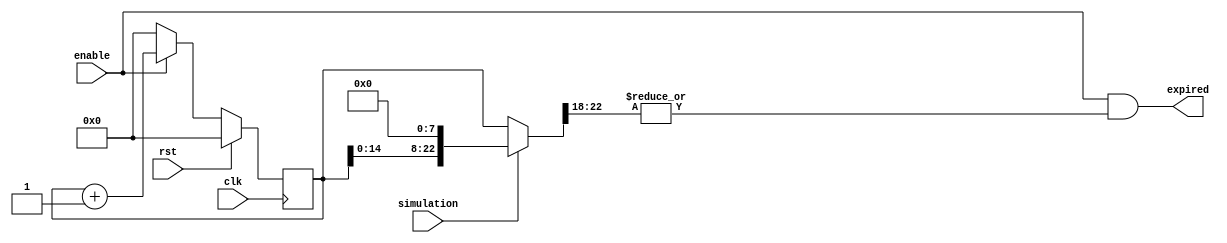
//--------------------------------------------------------------------------------
//--
//-- This file is owned and controlled by Xilinx and must be used solely
//-- for design, simulation, implementation and creation of design files
//-- limited to Xilinx devices or technologies. Use with non-Xilinx
//-- devices or technologies is expressly prohibited and immediately
//-- terminates your license.
//--
//-- Xilinx products are not intended for use in life support
//-- appliances, devices, or systems. Use in such applications is
//-- expressly prohibited.
//--
//--            **************************************
//--            ** Copyright (C) 2005, Xilinx, Inc. **
//--            ** All Rights Reserved.             **
//--            **************************************
//--
//--------------------------------------------------------------------------------
//-- Filename: BMD_INTR_CTRL_DELAY.v
//--
//-- Description: Endpoint Intrrupt Delay
//--
//--------------------------------------------------------------------------------

module BMD_INTR_CTRL_DELAY (
                expired,
                enable,
                simulation,
                rst,
                clk
                );

  output        expired;
  input         enable;
  input         simulation;
  input         rst;
  input         clk;


  //******************************************************************//
  // Reality check.                                                   //
  //******************************************************************//


  parameter Tc2o = 1;


  //******************************************************************//
  // Construct the counter.  One milisecond is 0x1E848 clock cycles   //
  // at 125 MHz.  Rounding this up to 0x1FFFF makes life easier and   //
  // is only 4.5% longer than an exact count.  The spec says timeout  //
  // values are minus 0% to plus 50%.  So, counting to a maximum of   //
  // "64 ms" will require a 23-bit counter.                           // 
  //******************************************************************//
 
 
  reg    [22:0] reg_count;
  wire   [22:0] ns_count;   // non-scaled count
  wire   [22:0] count;      // scaled for simulation
 
  always @ (posedge clk )
  begin : up_counter
    if (rst) reg_count <= 0;
    else if (!enable) reg_count <= 0;
    else reg_count <= ns_count + 1;
  end
 
  assign #Tc2o ns_count = reg_count;
  assign #Tc2o count = simulation ? (reg_count << 8) : reg_count;
 
 
  //******************************************************************//
  // Generate the timeout flags.  These are gated with the state      // 
  // change flag so that no timer expirations from the previous state //
  // can accidentally be seen as a timeout in the next state.         // 
  //******************************************************************//
 
 
  assign #Tc2o expired_2ms  = enable & ((|count[22:18]));
  assign #Tc2o expired_12ms = enable & ((|count[22:21]) | (&count[20:19]));
  assign #Tc2o expired_24ms = enable & ((count[22]) | (&count[21:20]));
  assign #Tc2o expired_48ms = enable & ((&count[22:21]));

  assign #Tc2o expired = expired_2ms;


  //******************************************************************//
  //                                                                  //
  //******************************************************************//


endmodule